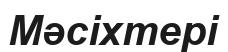
Мәсіхтері